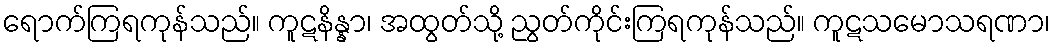
ရောက်ကြရကုန်သည်။ ကူဋနိန္နာ၊ အထွတ်သို့ ညွတ်ကိုင်းကြရကုန်သည်။ ကူဋသမောသရဏာ၊